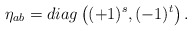
\begin{align*}\eta_{ab}=diag\left((+1)^{s},(-1)^{t}\right).\end{align*}